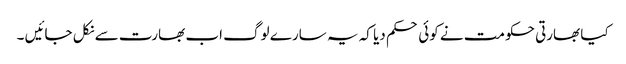
کیا بھارتی حکومت نے کوئی حکم دیا کہ یہ سارے لوگ اب بھارت سے نکل جائیں ۔